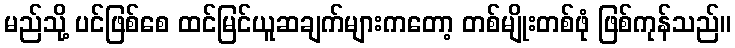
မည်သို့ ပင်ဖြစ်စေ ထင်မြင်ယူဆချက်များကတော့ တစ်မျိုးတစ်ဖုံ ဖြစ်ကုန်သည်။